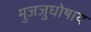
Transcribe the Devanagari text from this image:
मुजजुघोषाय